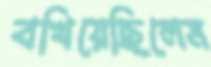
বখিয়েছিলেম